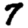
Digit: 7